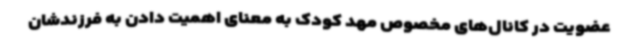
عضویت در کانال‌های مخصوص مهد کودک به معنای اهمیت دادن به فرزندشان